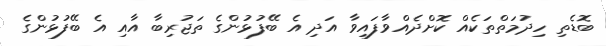
ބޮޑެތި ހިދުމަތްތަކެއް ކޮށްދެއްވާފައިވާ އަދި އެ ބޭފުޅުންގެ ތަޖުރިބާ އާއި އެ ބޭފުޅުންގެ